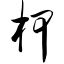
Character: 柙